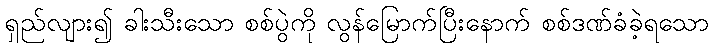
ရှည်လျား၍ ခါးသီးသော စစ်ပွဲကို လွန်မြောက်ပြီးနောက် စစ်ဒဏ်ခံခဲ့ရသော